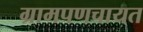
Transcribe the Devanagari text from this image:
ग्रामपणचायत